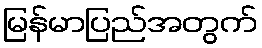
မြန်မာပြည်အတွက်